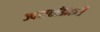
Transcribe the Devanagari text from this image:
ज्वलखंडाश्मी